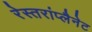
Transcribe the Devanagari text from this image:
रेस्तरांप्लैनेट